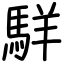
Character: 𩣆